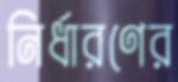
নির্ধারণের